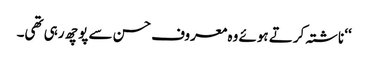
‘‘ ناشتہ کرتے ہوئے وہ معروف حسن سے پوچھ رہی تھی۔